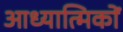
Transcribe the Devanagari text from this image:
आध्यात्मिकों